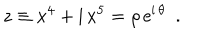
z \equiv x ^ { 4 } + \mathrm { i } \, x ^ { 5 } = \rho \, \mathrm { e } ^ { \mathrm { i } \, \theta } ~ ~ .